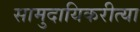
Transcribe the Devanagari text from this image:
सामुदायिकरीत्या